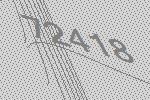
72418